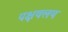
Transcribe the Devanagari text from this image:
पक्षवलय